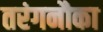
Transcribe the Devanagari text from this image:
तरंगनौका